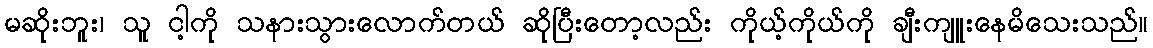
မဆိုးဘူး၊ သူ ငါ့ကို သနားသွားလောက်တယ် ဆိုပြီးတော့လည်း ကိုယ့်ကိုယ်ကို ချီးကျူးနေမိသေးသည်။